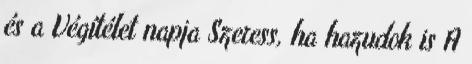
és a Végítélet napja Szeress, ha hazudok is A